Report on sanitation, dispensaries, and jails in Rajputana for 1918, and on vaccination for the year 1918-1919 - 1918-1919
Year: 1918
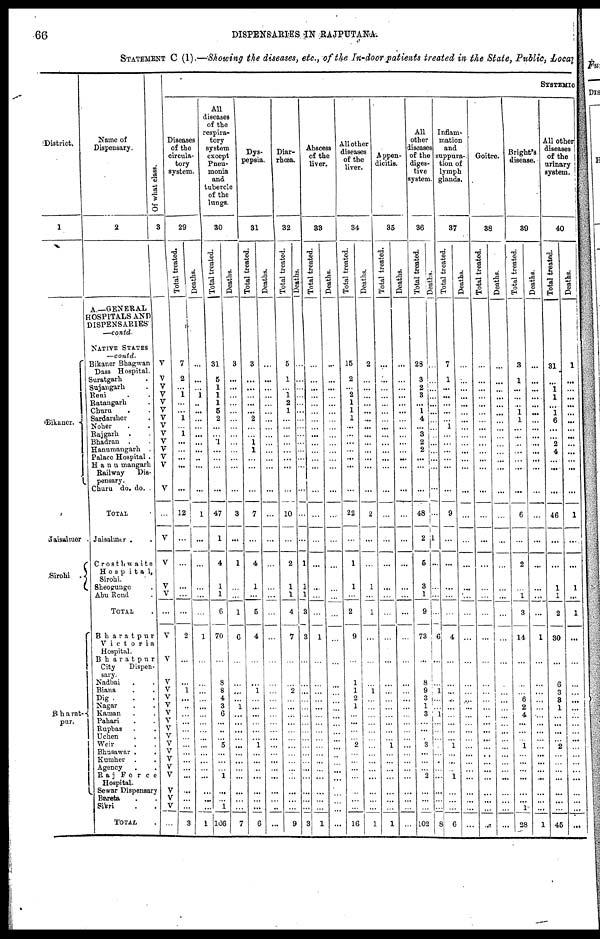
66
DISPENSARIES IN RAJPUTANA.
STATEMENT C (I).—Showing the diseases, etc., of the In-door patients treated in the State, Public, Local
District.
1
Bikaner.
Jaisalmer .
Sirohi
.
Bharat¬
pur.
Name of
Dispensary.
2
A.—GENERAL
HOSPITALS AND
DISPENSARIES
—contd.
NATIVE STATES
—contd.
Bikaner Bhagwan
Dass Hospital.
Suratgarh .
Sujangarh .
Reni . .
Ratangarh .
Churu . .
Sardarsher .
Noher . .
Rajgarh . .
Bhadran . .
Hanumangarh .
Palace Hospital .
Hanumangarh
Railway
Dis-
pensary.
Churu do. do. .
TOTAL .
Jaisalmer . .
Crosthwaite
Hospital,
Sirohi.
Sheogunge .
Abu Road .
TOTAL .
Bharatpur
Victoria
Hospital.
Bharatpur
City
Dispen-
sary.
Nadbai . .
Biana . .
Dig . .
Nagar . .
Kaman . .
Pahari . .
Rupbas . .
Uchen . .
Weir . .
Bhusawar . .
Kumher . .
Agency . .
Raj Force
Hospital.
Sewar Dispensary
Bareta . .
Sikri . .
TOTAL .
Of what class.
3
V
V
V
V
V
V
V
V
V
V
V
V
V
V
...
V
V
V
V
...
V
V
V
V
V
V
V
V
V
V
V
V
V
V
V
V
V
V
...
SYSTEMIC
Diseases
of the
circula-
tory
system.
29
Total treated.
7
2
...
1
...
...
1
... 1
...
...
...
...
...
12
...
...
...
...
...
2
...
...
1
...
...
...
...
...
...
...
...
...
...
...
...
...
...
3
Deaths.
...
...
...
1
...
...
...
...
...
...
...
...
...
...
1
...
...
...
...
...
1
...
...
...
...
...
...
...
...
...
...
...
...
...
...
...
...
...
1
All
diseases
of the
respira-
tory
system
except
Pneu-
monia
and
tubercle
of the
lungs.
30
Total treated.
31
5
1
1
1
5
2
...
...
1
...
...
...
...
47
1
4
1
1
6
70
...
8
8
4
3
6
...
...
...
5
...
...
...
1
...
...
1
106
Deaths.
3
...
...
...
...
...
...
...
...
...
...
...
...
...
3
...
1
...
...
1
6
...
...
...
...
1
...
...
...
...
...
...
...
...
...
...
...
...
7
Dys-
pepsia.
31
Total treated.
3
...
...
...
...
...
2
...
...
1
1
...
...
...
7
...
4
1
...
5
4
...
...
1
...
...
...
...
...
...
1
...
...
...
...
...
...
...
6
Deaths.
...
...
...
...
...
...
...
...
...
...
...
...
...
...
...
...
...
...
...
...
...
...
...
...
...
...
...
...
...
...
...
...
...
...
...
...
...
...
...
Diar-
rhœa.
32
Total treated.
5
1
...
1
2
1
...
...
...
...
...
...
...
...
10
...
2
1
1
4
7
...
...
2
...
...
...
...
...
...
...
...
...
...
...
...
...
...
9
Deaths.
...
...
...
...
...
...
...
...
...
...
...
...
...
...
...
...
1
1
1
3
3
...
...
...
...
...
...
...
...
...
...
...
...
...
...
...
...
...
3
Abscess
of the
liver.
33
Total treated.
...
...
...
...
...
...
...
...
...
...
...
...
...
...
...
...
...
...
...
...
1
...
...
...
...
...
...
...
...
...
...
...
...
...
...
...
...
...
1
Deaths.
...
...
...
...
...
...
...
...
...
...
...
...
...
...
...
...
...
...
...
...
...
...
...
...
...
...
...
...
...
...
...
...
...
...
...
...
...
...
...
All other
diseases
of the
liver.
34
Total treated.
15
2
...
2
1
1
1
...
...
...
...
...
...
...
22
...
1
1
...
2
9
...
1
1
2
1
...
...
...
...
2
...
...
...
...
...
...
...
16
Deaths.
2
...
...
...
...
...
...
...
...
...
...
...
...
...
2
...
...
1
...
1
...
...
...
1
...
...
...
...
...
...
...
...
...
...
...
...
...
...
1
Appen-
dicitis.
35
Total treated.
...
...
...
...
...
...
...
...
...
...
...
...
...
...
...
...
...
...
...
...
...
...
...
...
...
...
...
...
...
...
1
...
...
...
...
...
...
...
1
Deaths.
...
...
...
...
...
...
...
...
...
...
...
...
...
...
...
...
...
...
...
...
...
...
...
...
...
...
...
...
...
...
...
...
...
...
...
...
...
...
...
All
other
diseases
of the
diges-
tive
system.
36
Total treated.
28
3
2
3
...
1
4
...
3
2
2
...
...
...
48
2
5
3
1
9
73
...
8
9
3
1
3
...
...
...
3
...
...
...
2
...
...
...
102
Deaths.
...
...
...
...
...
...
...
...
...
...
...
...
...
...
...
...
...
...
...
...
6
...
...
1
...
...
1
...
...
...
...
...
...
...
...
...
...
...
8
Inflam-
mation
and
suppura-
tion of
lymph
glands.
37
Total treated.
7
1
...
...
...
...
...
1
...
...
...
...
...
...
9
...
...
...
...
...
4
...
...
...
...
...
...
...
...
...
1
...
...
...
1
...
...
...
6
Deaths.
...
...
...
...
...
...
...
...
...
...
...
...
...
...
...
...
...
...
...
...
...
...
...
...
...
...
...
...
...
...
...
...
...
...
...
...
...
...
...
Goitre.
38
Total treated.
...
...
...
...
...
...
...
...
...
...
...
...
...
...
...
...
...
...
...
...
...
...
...
...
...
...
...
...
...
...
...
...
...
...
...
...
...
...
...
Deaths.
...
...
....
...
...
...
...
...
...
...
...
...
...
...
...
...
...
...
...
...
...
...
...
...
...
...
...
...
...
...
...
...
...
...
...
...
...
...
...
Bright's
disease.
39
Total treated.
3
1
...
...
...
1
1
...
...
...
...
...
...
...
6
...
2
...
1
3
14
...
...
...
6
2
4
...
...
...
1
...
...
...
...
...
...
1
28
Deaths.
...
...
...
...
...
...
...
...
...
...
...
...
...
...
...
...
...
...
...
...
1
...
...
...
...
...
...
...
...
...
...
...
...
...
...
...
...
...
1
All other
diseases
of the
urinary
system.
40
Total treated.
31
...
1
1
...
1
6
...
...
2
4
...
...
...
46
...
...
1
1
2
30
...
6
3
3
1
...
...
...
...
2
...
...
...
...
...
...
...
45
Deaths.
1
...
...
...
...
...
...
...
...
...
...
...
...
...
1
...
...
1
...
1
...
...
...
...
...
...
...
...
...
...
...
...
...
...
...
...
...
...
...